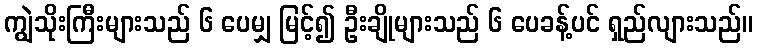
ကျွဲသိုးကြီးများသည် ၆ ပေမျှ မြင့်၍ ဦးချိုများသည် ၆ ပေခန့်ပင် ရှည်လျားသည်။